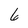
Character: 6